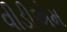
વીડીએમ